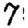
Digit: 7